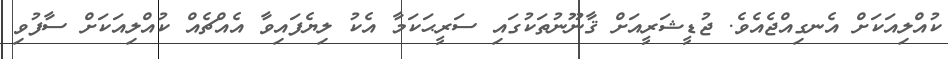
ކުއްލިއަކަށް އެނގިއްޖެއެވެ. ޖުޑީޝަރީއަށް ޤާނޫނުތަކުގައި ސަރީޙަކަމާ އެކު ލިޔެފައިވާ އެއްޗެއް ކުއްލިއަކަށް ސާފުވި